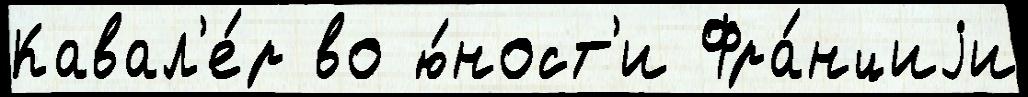
Кавал'е́р во ю́ност'и Фра́нциjи